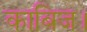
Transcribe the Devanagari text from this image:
काबिज।